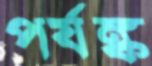
পর্যঙ্ক